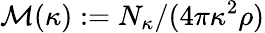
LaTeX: \mathcal M(\kappa):=N_{\kappa}/(4\pi\kappa^{2}\rho)